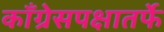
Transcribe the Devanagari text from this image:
काँग्रेसपक्षातर्फे